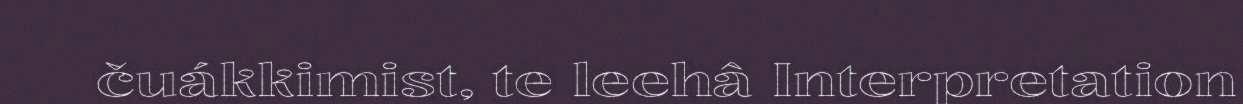
čuákkimist, te leehâ Interpretation